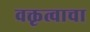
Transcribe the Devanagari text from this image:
वक्तृत्वाचा